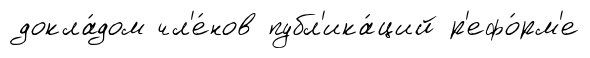
докла́дом чл'е́нов публ'ика́ций р'ефо́рм'е